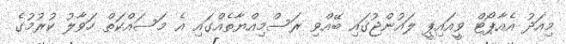
މިއަދު އެއާޕޯޓް ވީއައިޕީ ލައުންޖުގައި ބޭއްވި ރަސްމިއްޔާތެއްގައި އެ މަސައްކަތް ހަވާލު ކުރުމުގެ